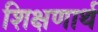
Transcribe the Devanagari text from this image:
शिक्षणार्थ